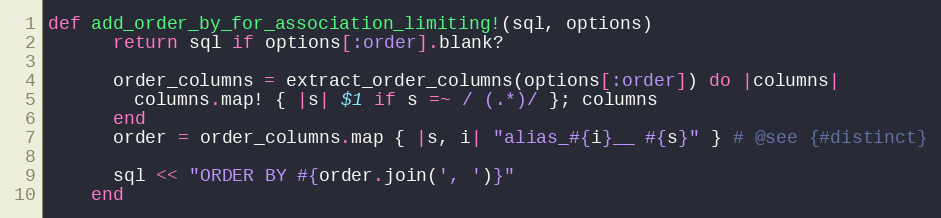
Language: Ruby
def add_order_by_for_association_limiting!(sql, options)
      return sql if options[:order].blank?

      order_columns = extract_order_columns(options[:order]) do |columns|
        columns.map! { |s| $1 if s =~ / (.*)/ }; columns
      end
      order = order_columns.map { |s, i| "alias_#{i}__ #{s}" } # @see {#distinct}

      sql << "ORDER BY #{order.join(', ')}"
    end